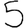
Digit: 5